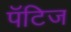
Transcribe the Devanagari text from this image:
पॅटिज